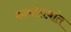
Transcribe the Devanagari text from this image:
कार्यालय़ांत